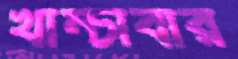
খাম্‌চাবার